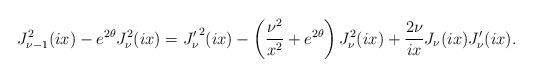
LaTeX: \begin{align*}J_{\nu-1}^{2}(ix)-e^{2 \theta}J_{\nu}^{2}(ix)= {J_{\nu}'}^{2}(ix)-\left({\nu^{2}\over x^{2}}+e^{2\theta}\right)J_{\nu}^{2}(ix)+{2\nu \over ix}J_{\nu}(ix)J_{\nu}'(ix).\end{align*}